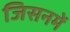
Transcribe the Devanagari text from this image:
जिसनमें